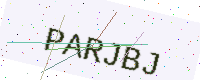
Text: PARJBJ